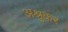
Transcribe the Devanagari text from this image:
अश्रुकर